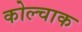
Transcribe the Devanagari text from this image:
कोल्चाक